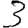
Digit: 3